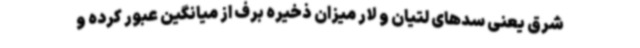
شرق یعنی سدهای لتیان و لار میزان ذخیره برف از میانگین عبور کرده و